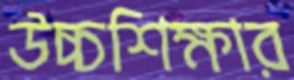
উচ্চশিক্ষার